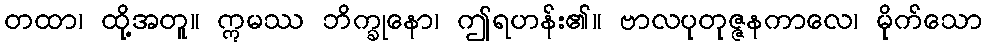
တထာ၊ ထို့အတူ။ ဣမဿ ဘိက္ခုနော၊ ဤရဟန်း၏။ ဗာလပုတုဇ္ဇနကာလေ၊ မိုက်သော